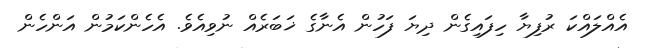
އެއްލައްކަ ރުފިޔާ ހިފައިގެން ދިޔަ ފަހުން އެނާގެ ޚަބަރެއް ނުވިއެވެ. އެހެންކަމުން އަންހެން